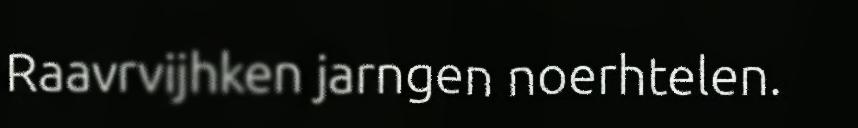
Raavrvijhken jarngen noerhtelen.